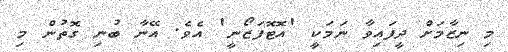
މި ނިޒާމަށް ދީފައިވާ ނަމަކީ 'އޮޓޮފަޒޯނީ' އެވެ. އޭނާ ބުނި ގޮތުން މި